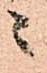
ニ